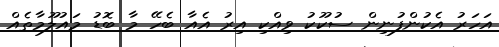
އަހަރު އެކުންފުނިން ސުކޫކު ވިއްކި އިރު އެއާ ބެހޭ މާ ބޮޑު މައުލޫމާތެއް